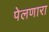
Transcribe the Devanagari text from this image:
पेलणारा